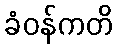
ခံဝန်ကတိ